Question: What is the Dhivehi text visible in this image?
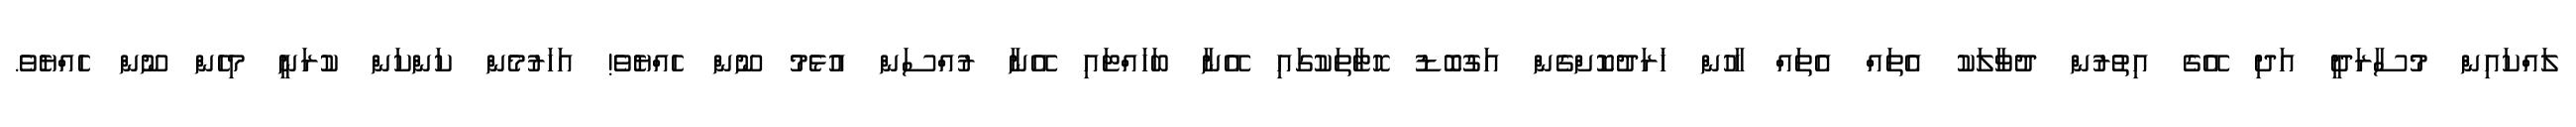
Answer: ލައްކައިން މުސާރަދީ އަދި އޭގެ އިތުރުން ދުވާލަކު އެތައް އެތައް ހާހުން ޚަރަދުކޮށްގެން އަގުބޮޑު ހޮޓާތަކުގައި އޭނާ ބަހައްޓައި އޭނާ ރުއްސަން އުޅެމު ނޫން ހެއްޔެވެ! އަހަރުމެން ކަންކަން ކުރަނީ މިހެން ނޫން ހެއްޔެވެ.